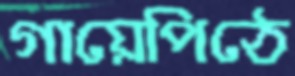
গায়েপিঠে